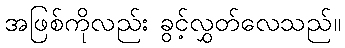
အဖြစ်ကိုလည်း ခွင့်လွှတ်လေသည်။